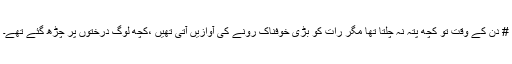
# دن کے وقت تو کچھ پتہ نہ چلتا تھا مگر رات کو بڑی خوفناک رونے کی آوازیں آتی تھیں ،کچھ لوگ درختوں پر چڑھ گئے تھے۔